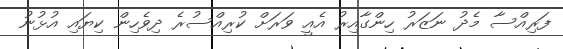
ފަރިއްސާ މެދު ނަޒަރު ހިންގާއިރު އެއީ ވަރަށް ކުރިއްސުރެ ދިވެހިން ކިޔައި އުޅުނު